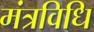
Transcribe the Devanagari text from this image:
मंत्रविधि